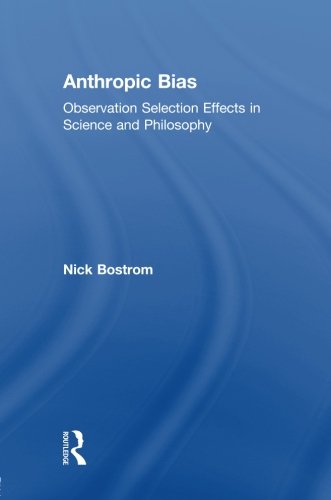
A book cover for Anthropic Bias: Observation Selection Effects in Science and Philosophy (Studies in Philosophy); Nick Bostrom; Politics & Social Sciences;